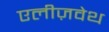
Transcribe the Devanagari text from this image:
एलीज़वेथ